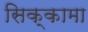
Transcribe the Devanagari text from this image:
सिक्कामा